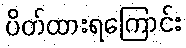
ပိတ်ထားရကြောင်း